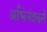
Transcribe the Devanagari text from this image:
अभिनंदनने